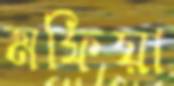
মফিয়া